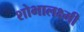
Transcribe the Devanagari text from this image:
शोभालक्ष्मी